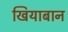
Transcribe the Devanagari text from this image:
खियाबान